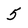
Character: 5